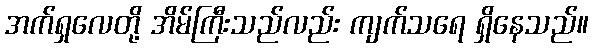
အက်ရှလေတို့ အိမ်ကြီးသည်လည်း ကျက်သရေ ရှိနေသည်။